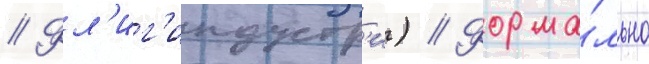
// Фл'иг'индустр'и) // Форма́льно